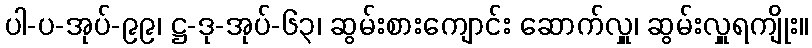
ပါ-ပ-အုပ်-၉၉၊ ဋ္ဌ-ဒု-အုပ်-၆၃၊ ဆွမ်းစားကျောင်း ဆောက်လှူ၊ ဆွမ်းလှူရကျိုး။